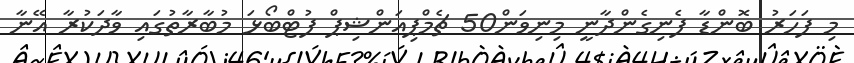
މި ފަހަރު ބޮންޑާ ފެނިގެންދާނީ މިނިވަން50 ޗެމްޕިއަންޝިޕް ފުޓްބޯޅަ މުބާރާތުގައި ވާދަކުރާ އޭނާ